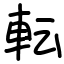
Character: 転